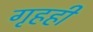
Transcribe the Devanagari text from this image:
गृहही